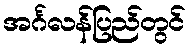
အင်္ဂလန်ပြည်တွင်